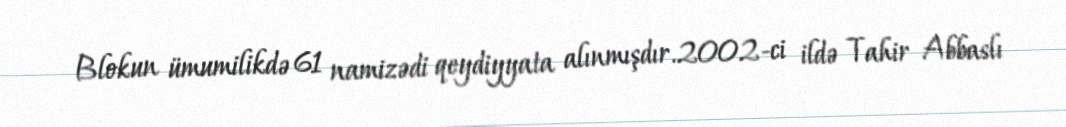
Blokun ümumilikdə 61 namizədi qeydiyyata alınmışdır.2002-ci ildə Tahir Abbaslı